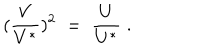
( \frac { V } { V ^ { * } } ) ^ { 2 } \; = \; \frac { U } { U ^ { * } } \; .